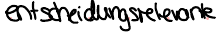
entscheidungsrelevante